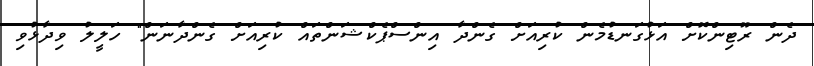
ދެން ރޫޓިންކޮށް އަޅުގަނޑުމެން ކުރިއަށް ގެންދާ އިންސްޕެކްޝަންތައް ކުރިއަށް ގެންދާނަން" ހަލީލު ވިދާޅުވި